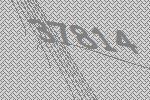
37814